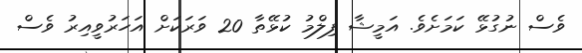
ވެސް ނުގުޅޭ ކަމަށެވެ. އަމީޝާ ފިލްމު ކުޅޭތާ 20 ވަރަކަށް އަހަރުވީއިރު ވެސް